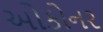
ઓકોનર